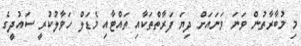
މި މުބާރާތުން ވަނަ ވަނައަށް ދިޔަ ފަރާތްތަކާއި ތައްޓާއި މެޑަލް ހަވާލުކުރީ ސައުދީގެ